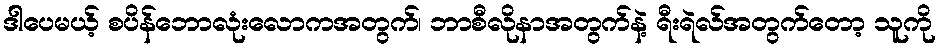
ဒါပေမယ့် စပိန်ဘောလုံးလောကအတွက်၊ ဘာစီလိုနာအတွက်နဲ့ ရီးရဲလ်အတွက်တော့ သူကို